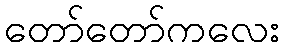
တော်တော်ကလေး